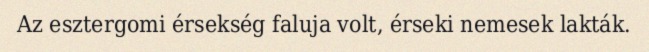
Az esztergomi érsekség faluja volt, érseki nemesek lakták.